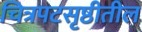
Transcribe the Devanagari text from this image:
चित्रपटसृष्ठीतील